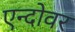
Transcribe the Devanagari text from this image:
एन्दोवर